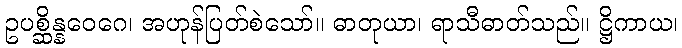
ဥပစ္ဆိန္နဝေဂေ၊ အဟုန်ပြတ်စဲသော်။ ဓာတုယာ၊ ရာသီဓာတ်သည်။ ဋ္ဌိကာယ၊